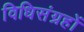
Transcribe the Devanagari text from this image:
विधिसंग्रहों